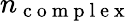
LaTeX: n_{\mathrm{~c~o~m~p~l~e~x~}}